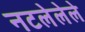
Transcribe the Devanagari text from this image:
नटलेलेले